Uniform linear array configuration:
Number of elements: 8
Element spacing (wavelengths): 0.75
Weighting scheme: kaiser
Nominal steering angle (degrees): -15
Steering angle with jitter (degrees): -16.825
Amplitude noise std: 0.05
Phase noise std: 0.05

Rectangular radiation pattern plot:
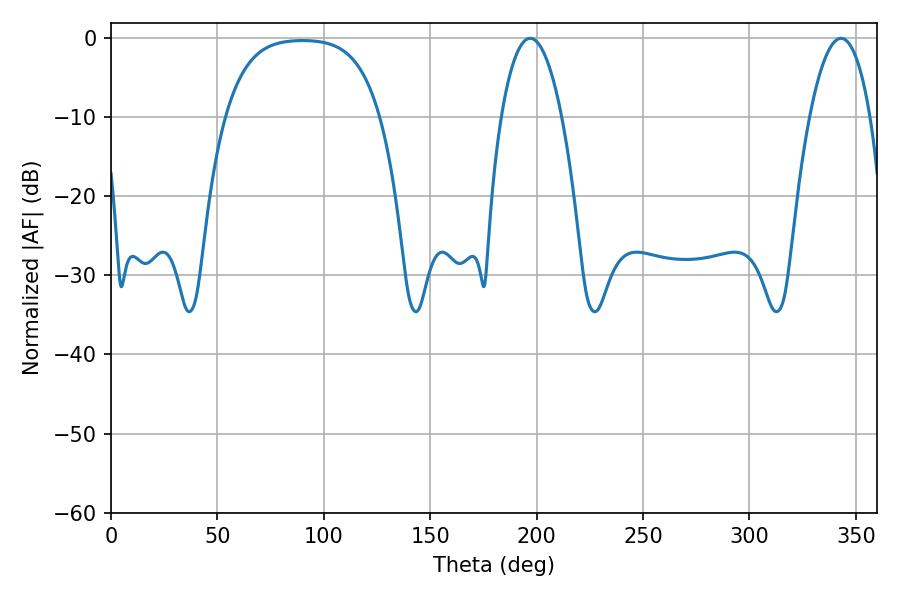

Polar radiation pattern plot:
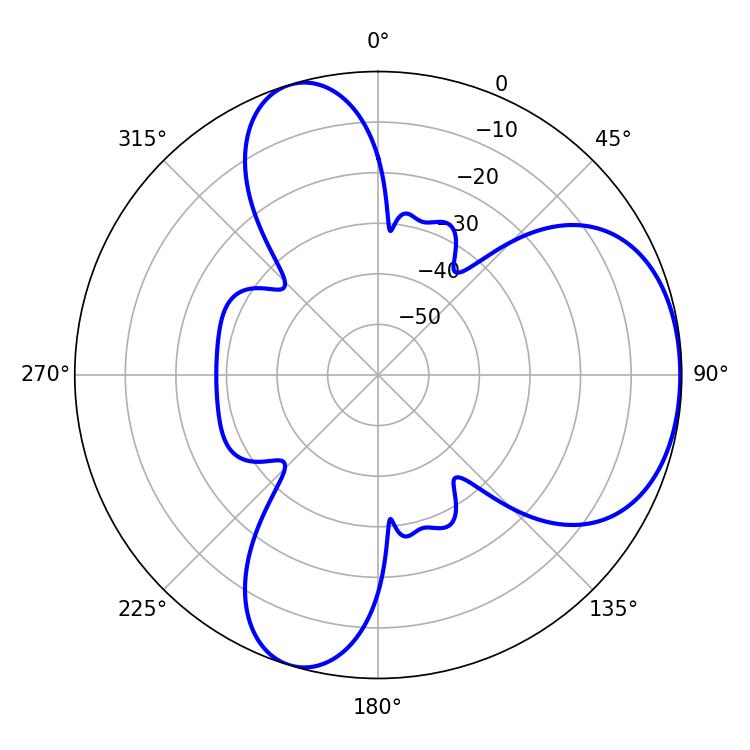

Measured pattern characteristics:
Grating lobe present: TRUE
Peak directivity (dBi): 5.157
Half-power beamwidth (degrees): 15.84
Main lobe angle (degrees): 196.92